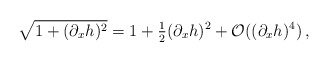
\begin{align*} \sqrt {1 + (\partial_x h)^2} = 1 + \tfrac{1}{2}(\partial_x h)^2 +\mathcal{O} ((\partial_x h)^4)\,,\end{align*}